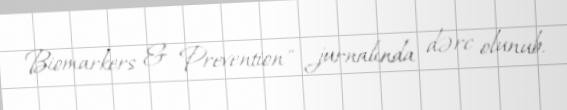
Biomarkers & Prevention" jurnalında dərc olunub.